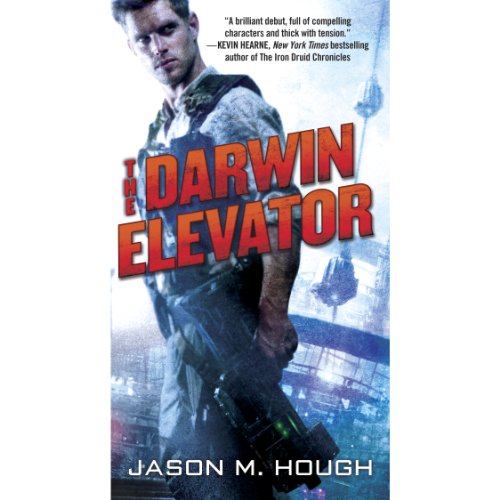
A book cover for The Darwin Elevator; Jason M. Hough; Science Fiction & Fantasy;